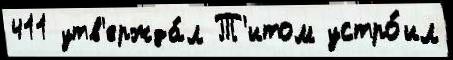
411 утв'ержда́л Т'итом устро́ил